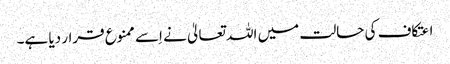
اعتکاف کی حالت میں اللہ تعالیٰ نے اِسے ممنوع قرار دیا ہے۔